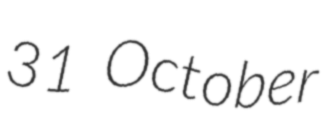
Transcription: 31 October